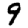
Digit: 9